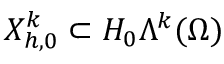
X _ { h , 0 } ^ { k } \subset H _ { 0 } \Lambda ^ { k } ( \Omega )